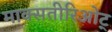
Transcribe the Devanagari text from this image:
माक्सतीरिओट्